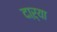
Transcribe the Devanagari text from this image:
दाऱ्या